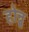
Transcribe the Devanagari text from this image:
होन्नु